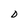
Character: D